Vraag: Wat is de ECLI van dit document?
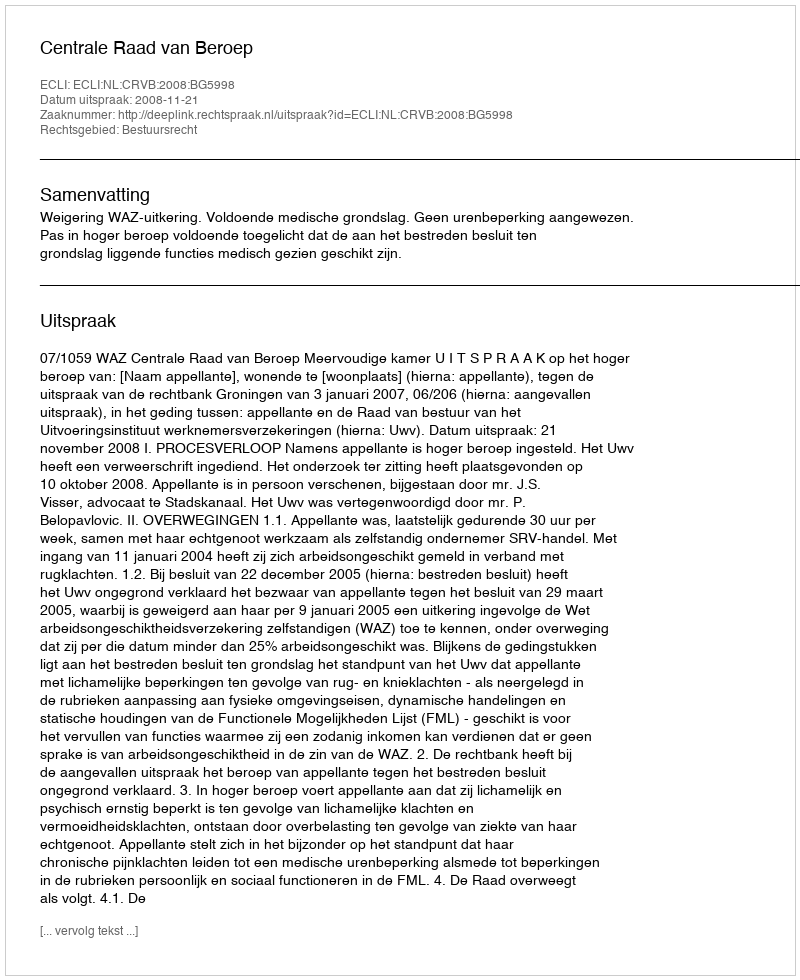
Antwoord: ECLI:NL:CRVB:2008:BG5998